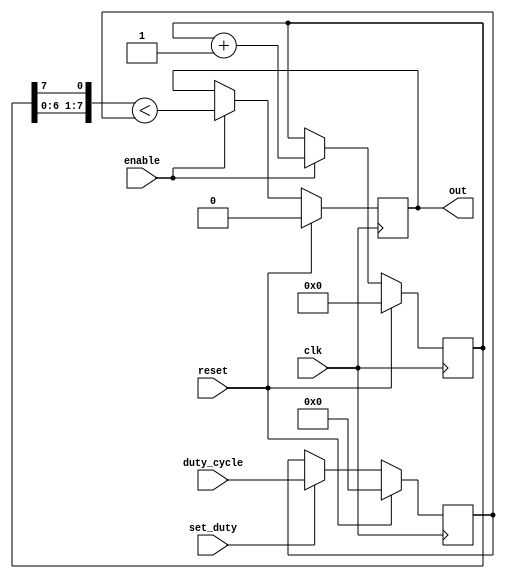
`timescale 1ns/10ps
/*
pwm.v
(C) 2021-07-08 Samuel B Powell
samuel.powell@uq.edu.au

Pulse width modulation with spread-spectrum mode.

When SpreadSpectrum is zero, the output is asserted when the internal counter
is less than the duty cycle value. The flicker period in this case is the full
counter period: flicker_period = clock_period * pow(2, Bits)

When SpreadSpectrum is n > 0, the high n bits of the counter are reversed and rotated
to be the least significant bits before comparing to the duty cycle value. This 
decreases the minimum flicker period of the output to:
  flicker_period = clock_period * pow(2, Bits - SpreadSpectrum)

E.g. Bits = 3, duty_cycle = 5 (62.5%)
SpreadSpectrum = 0
count: 000   001   010   011   100   101   110   111
  out:   1    1     1     1     1     0     0     0

SpreadSpectrum = 1  (splits the total period into 2)
count: 000   010   100   110 | 001   011   101   111
  out:   1     1     1     0 |   1     1     0     0

SpreadSpectrum = 2  (splits the total period into 4)
count: 000   100 | 010   110 | 001   101 | 011   111
  out:   1     1 |   1     0 |   1     0 |   1     0

//Instantiation template
module pwm #(
    .Bits(8),
    .ActiveHigh(1),
    .SpreadSpectrum(7) // 0 <= SpreadSpectrum < Bits
)(
    .clk(),        // in
    .reset(),      // in: synchronous, on posedge clk
    .enable(),     // in
    .set_duty(),   // in 
    .duty_cycle(), // in [Bits]: latched on posedge clk when set_duty is asserted
    .out()         //out: modulated when enable is asserted
);
*/

module pwm #(
    parameter Bits = 8,
    parameter ActiveHigh = 1,
    parameter SpreadSpectrum = 1
)(
    input wire clk,
    input wire reset,
    input wire enable,
    input wire set_duty,
    input wire [Bits:0] duty_cycle,
    output reg out
);

reg [Bits-1:0] state, state_spread;
reg [Bits:0] duty;
reg comp;

integer i;
always @* begin
    //the LSBs of state_spread are the reversed MSBs of state
    for(i = 0; i < SpreadSpectrum; i = i + 1)
        state_spread[i] = state[Bits - 1 - i];
    //the MSBs of state_spread are the LSBs of state
    for(i = SpreadSpectrum; i < Bits; i = i + 1)
        state_spread[i] = state[i - SpreadSpectrum];
    //compare
    comp = (state_spread < duty);
end

always @(posedge clk) begin
    if(reset) begin
        state <= 0;
        duty <= 0;
        out <= ~|ActiveHigh;
    end else begin
        if(set_duty) begin
            duty <= duty_cycle;
        end
        if(enable) begin
            state <= state + 1;
            out <= ~(comp ^ (|ActiveHigh));
        end
    end
    
end

endmodule